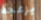
يزعجه